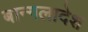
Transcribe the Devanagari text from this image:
बान्गलादेश